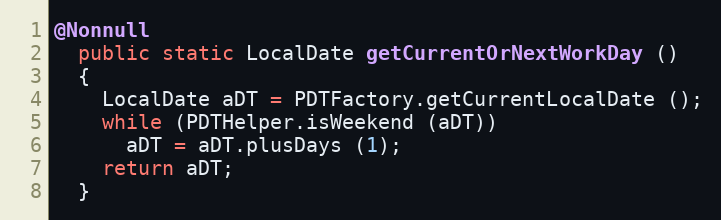
Language: Java
@Nonnull
  public static LocalDate getCurrentOrNextWorkDay ()
  {
    LocalDate aDT = PDTFactory.getCurrentLocalDate ();
    while (PDTHelper.isWeekend (aDT))
      aDT = aDT.plusDays (1);
    return aDT;
  }